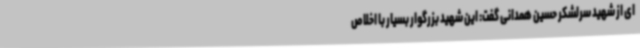
ای از شهید سرلشکر حسین همدانی گفت: این شهید بزرگوار بسیار با اخلاص